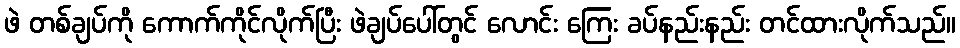
ဖဲ တစ်ချပ်ကို ကောက်ကိုင်လိုက်ပြီး ဖဲချပ်ပေါ်တွင် လောင်း ကြေး ခပ်နည်းနည်း တင်ထားလိုက်သည်။